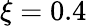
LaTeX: \xi=0.4